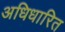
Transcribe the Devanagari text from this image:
अधिधारित